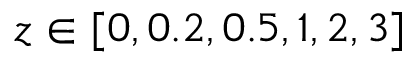
z \in [ 0 , 0 . 2 , 0 . 5 , 1 , 2 , 3 ]